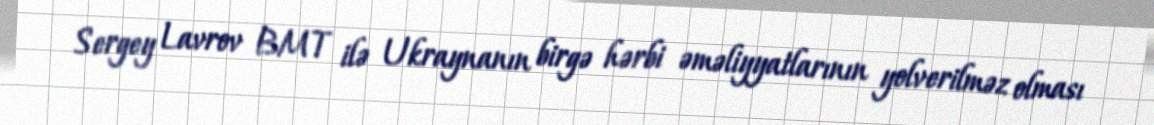
Sergey Lavrov BMT ilə Ukraynanın birgə hərbi əməliyyatlarının yolverilməz olması